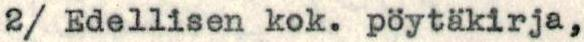
2/ Edellisen kok. pöytäkirja,